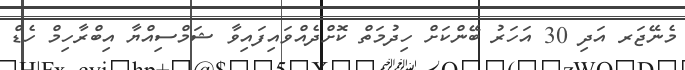
މެނޭޖަރ އަދި 30 އަހަރު ބޭންކަށް ހިދުމަތް ކޮށްދެއްވައިފައިވާ ޝަމްސިއްޔާ އިބްރާހިމް ހެޑް